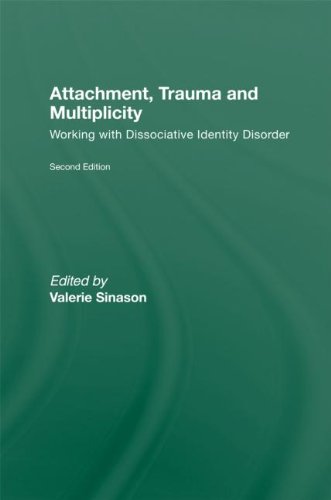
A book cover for Attachment, Trauma and Multiplicity: Working with Dissociative Identity Disorder; Health, Fitness & Dieting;